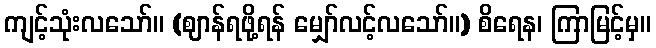
ကျင့်သုံးလသော်။ (ဈာန်ရဖို့ရန် မျှော်လင့်လသော်။) စိရေန၊ ကြာမြင့်မှ။